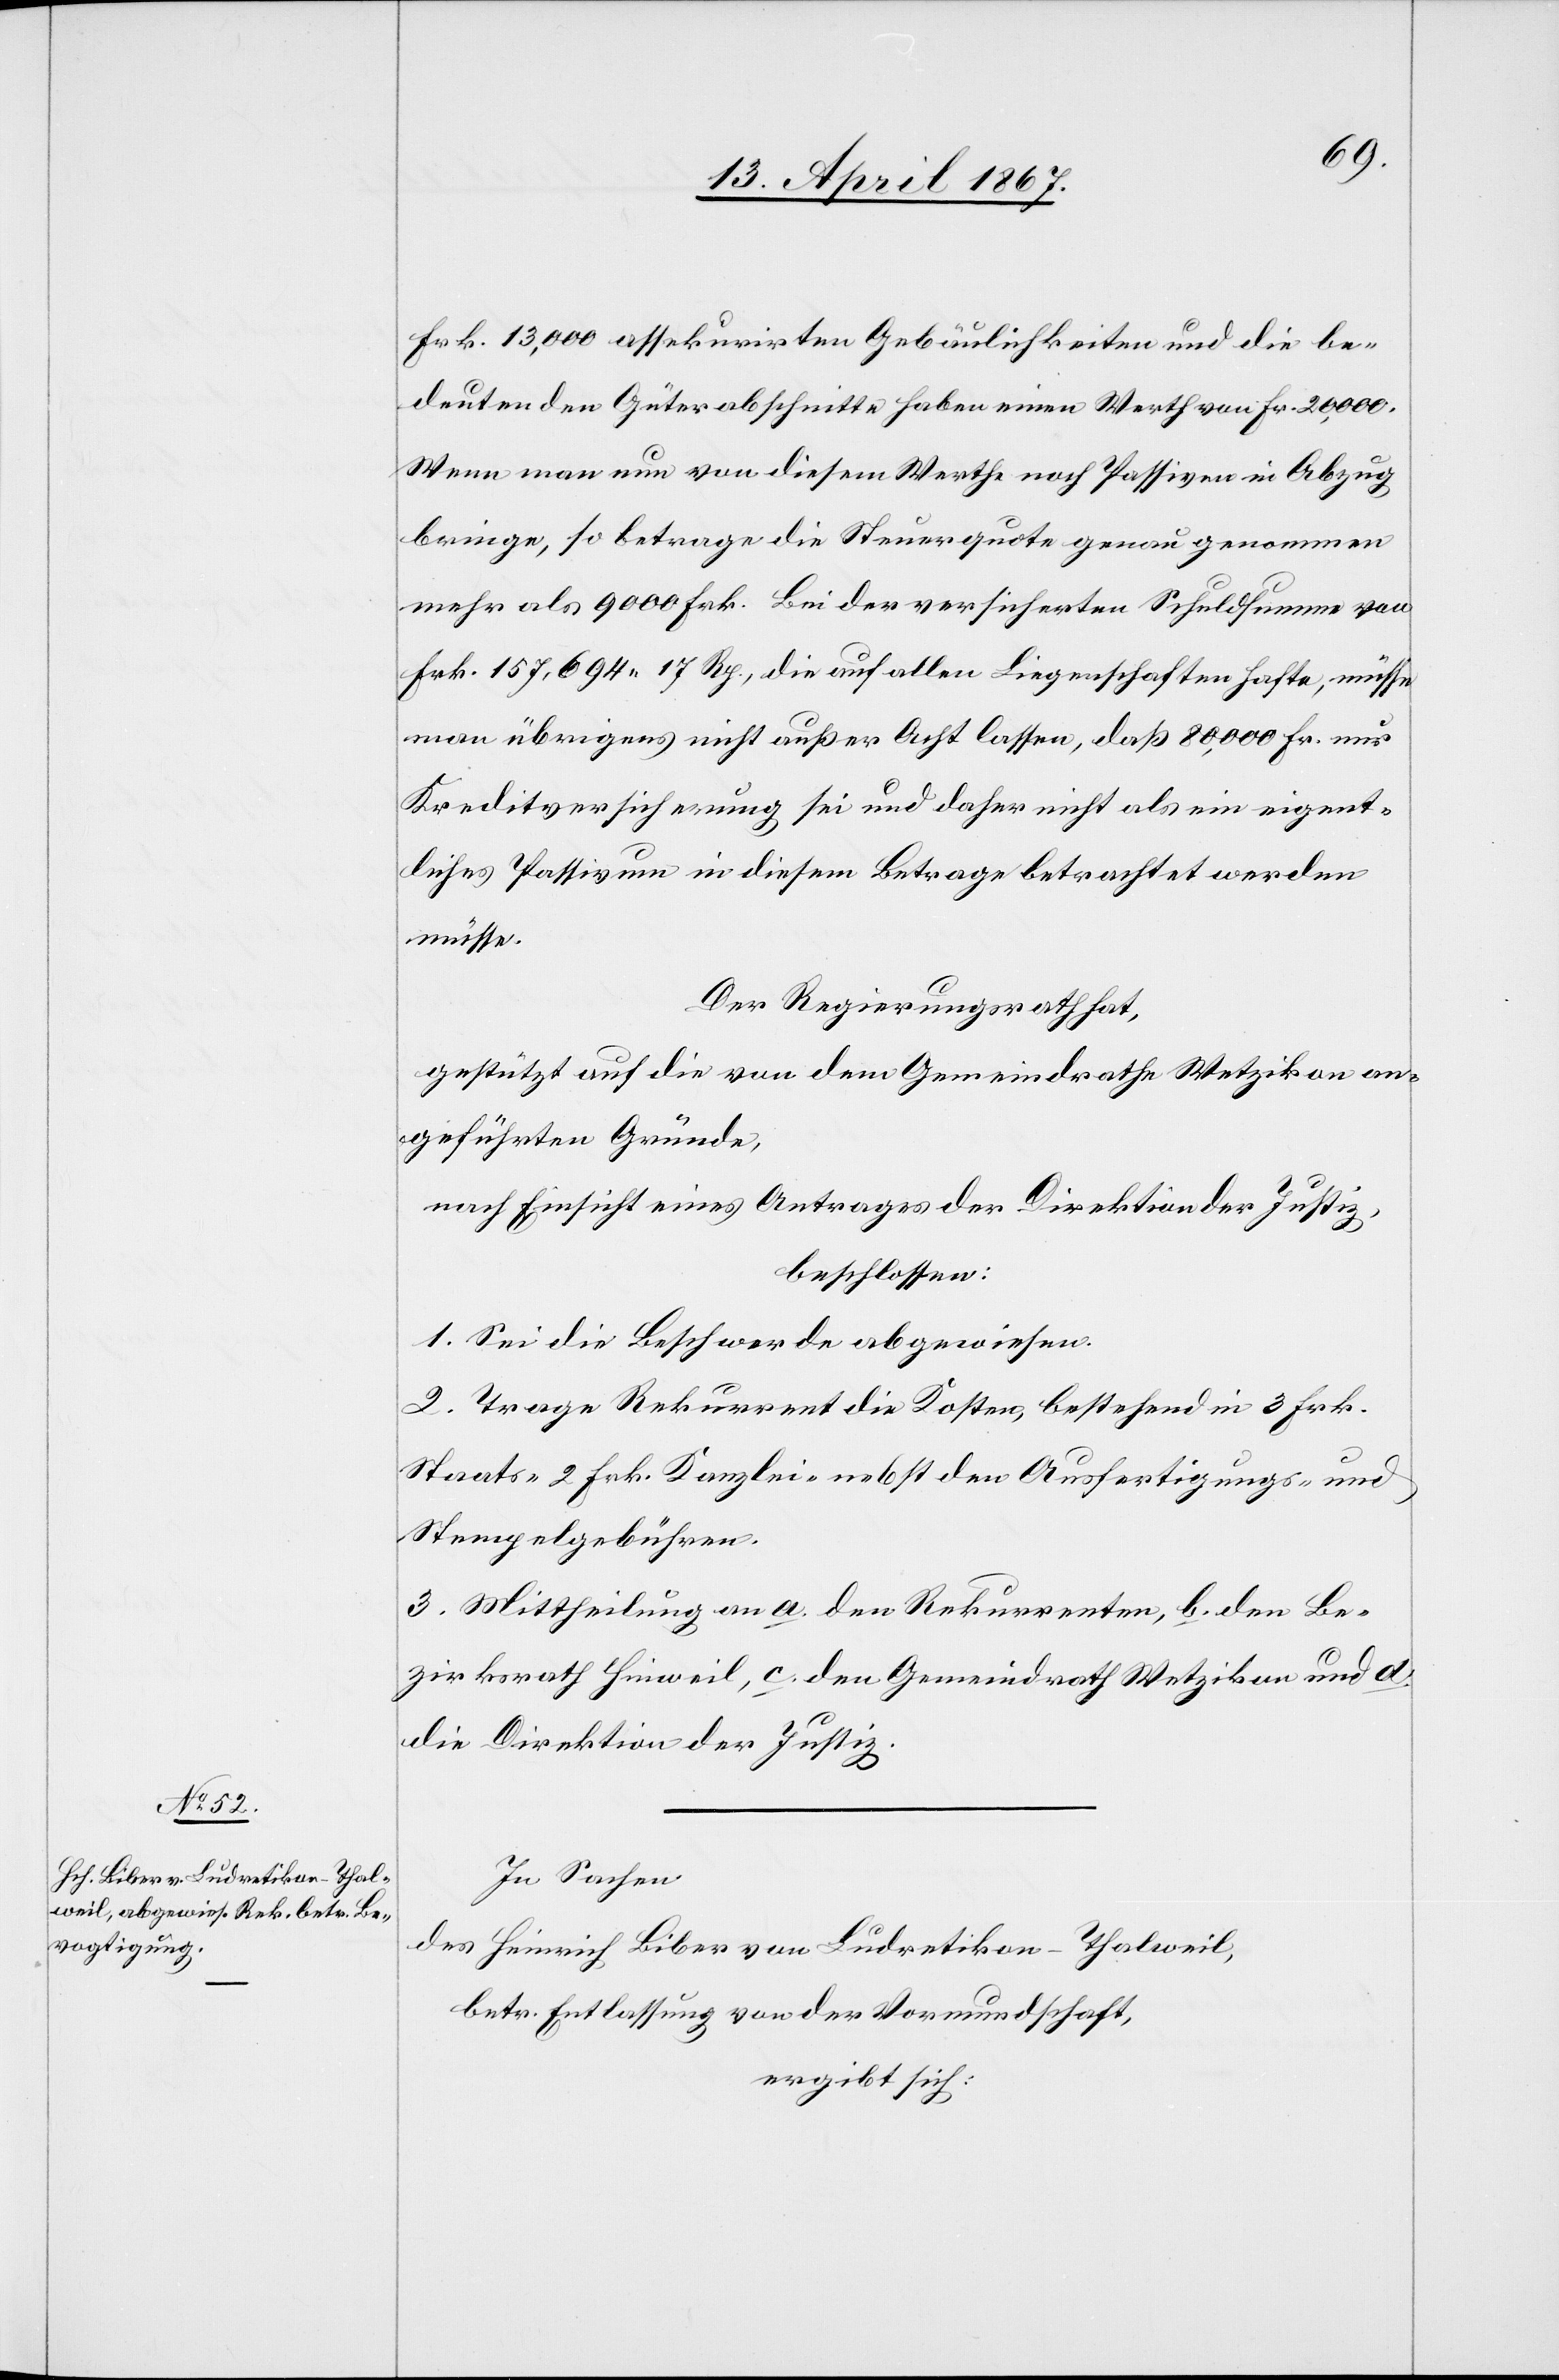
Frk. 13,000 assekurirten Gebäulichkeiten und die be¬
deutenden Güterabschnitte haben einen Werth von Fr. 20,000.
Wenn man nun von diesem Werthe noch Passiven in Abzug
bringe, so betrage die Steuerquote genau genommen
mehr als 9000 Frk. Bei der versicherten Schuldsumme von
Frk. 157,694. 17 Rp., die auf allen Liegenschaften hafte, müsse
man übrigens nicht außer Acht lassen, daß 80,000 Fr. nur
Kreditversicherung sei und daher nicht als ein eigent¬
liches Passivum in diesem Betrage betrachtet werden
müsse.
Der Regierungsrath hat
gestützt auf die von dem Gemeinderathe Wetzikon an¬
geführten Gründe,
nach Einsicht eines Antrages der Direktion der Justiz,
beschlossen:
1. Sei die Beschwerde abgewiesen.
2. Trage Rekurrent die Kosten, bestehend in 3 Frk.
Staats-[,] 2 Frk Kanzlei- nebst den Ausfertigungs- und
Stempelgebühren.
3. Mittheilung an a. den Rekurrenten, b. den Be¬
zirksrath Hinweil, c. den Gemeindrath Wetzikon und d.
die Direktion der Justiz.
In Sachen
des Heinrich Biber von Ludretikon-Thalweil,
betr. Entlassung von der Vormundschaft,
ergibt sich: